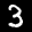
Digit: 3